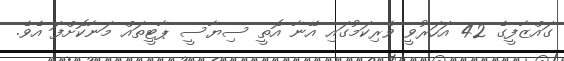
ގައްޒާފީގެ 42 އަހަރުވީ ވެރިކަމުގައި އޭނާ އޮތީ ސިޔާސީ ޕާޓީތައް މަނާކޮށްފަ އެވެ.